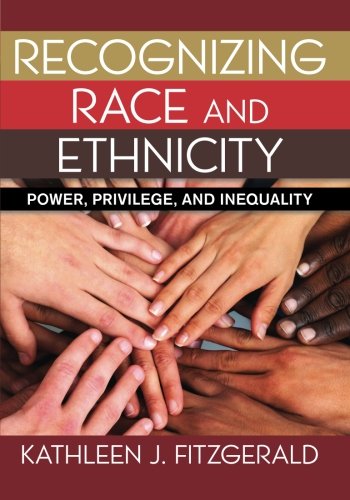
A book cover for Recognizing Race and Ethnicity: Power, Privilege, and Inequality; Kathleen Fitzgerald; History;